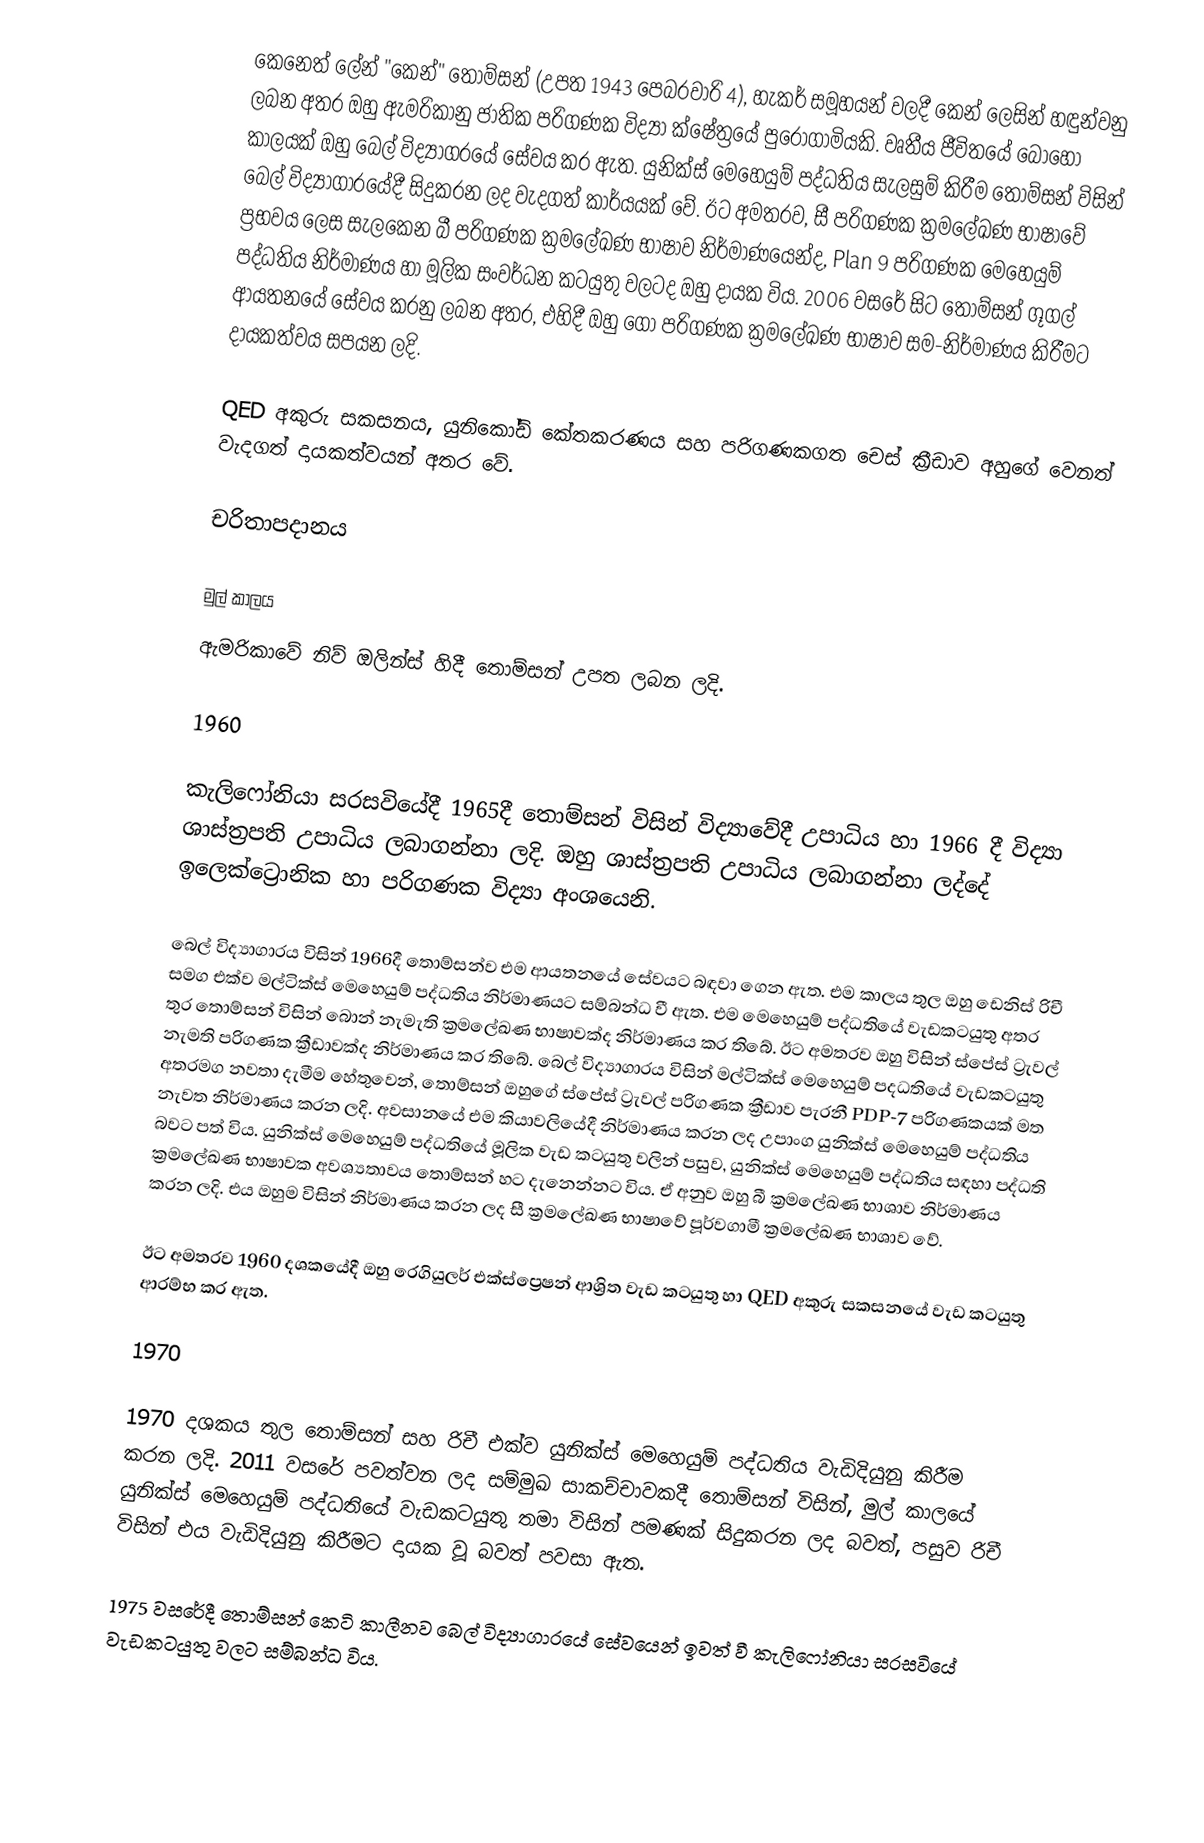
කෙනෙත් ලේන් "කෙන්" තොම්සන් (උපත 1943 පෙබරවාරි 4), හැකර් සමූහයන් වලදී කෙන් ලෙසින් හඳුන්වනු ලබන අතර ඔහු ඇමරිකානු ජාතික පරිගණක විද්‍යා ක්ෂේත්‍රයේ පුරෝගාමියකි. වෘතීය ජීවිතයේ බොහෝ කාලයක් ඔහු බෙල් විද්‍යාගරයේ සේවය කර ඇත. යුනික්ස් මෙහෙයුම් පද්ධතිය සැලසුම් කිරීම තොම්සන් විසින් බෙල් විද්‍යාගාරයේදී සිදුකරන ලද වැදගත් කාර්යයක් වේ. ඊට අමතරව, සී පරිගණක ක්‍රමලේඛණ භාෂාවේ ප්‍රභවය ලෙස සැලකෙන බී පරිගණක ක්‍රමලේඛණ භාෂාව නිර්මාණයෙන්ද, Plan 9 පරිගණක මෙහෙයුම් පද්ධතිය නිර්මාණය හා මූලික සංවර්ධන කටයුතු වලටද ඔහු දායක විය. 2006 වසරේ සිට තොම්සන් ගූගල් ආයතනයේ සේවය කරනු ලබන අතර, එහිදී ඔහු ගෝ පරිගණක ක්‍රමලේඛණ භාෂාව සම-නිර්මාණය කිරීමට දායකත්වය සපයන ලදි.

QED අකුරු සකසනය, යුනිකෝඩ් කේතකරණය සහ පරිගණකගත චෙස් ක්‍රීඩාව අහුගේ වෙනත් වැදගත් දායකත්වයන් අතර වේ.

චරිතාපදානය

මුල් කාලය
ඇමරිකාවේ නිව් ඔලින්ස් හිදී තොම්සන් උපත ලබන ලදි.

1960

කැලිෆෝනියා සරසවියේදී 1965දී තොම්සන් විසින් විද්‍යාවේදී උපාධිය හා 1966 දී විද්‍යා ශාස්ත්‍රපති උපාධිය ලබාගන්නා ලදි. ඔහු ශාස්ත්‍රපති උපාධිය ලබාගන්නා ලද්දේ ඉලෙක්ට්‍රොනික හා පරිගණක විද්‍යා අංශයෙනි.

බෙල් විද්‍යාගාරය විසින් 1966දී තොම්සන්ව එම ආයතනයේ සේවයට බඳවා ගෙන ඇත. එම කාලය තුල ඔහු ඩෙනිස් රිචී සමග එක්ව මල්ටික්ස් මෙහෙයුම් පද්ධතිය නිර්මාණයට සම්බන්ධ වී ඇත. එම මෙහෙයුම් පද්ධතියේ වැඩකටයුතු අතර තුර තොම්සන් විසින් බොන් නැමැති ක්‍රමලේඛණ භාෂාවක්ද නිර්මාණය කර තිබේ. ඊට අමතරව ඔහු විසින් ස්පේස් ට්‍රැවල් නැමති පරිගණක ක්‍රීඩාවක්ද නිර්මාණය කර තිබේ. බෙල් විද්‍යාගාරය විසින් මල්ටික්ස් මෙහෙයුම් පදධතියේ වැඩකටයුතු අතරමග නවතා දැමීම හේතුවෙන්, තොම්සන් ඔහුගේ ස්පේස් ට්‍රැවල් පරිගණක ක්‍රීඩාව පැරනී PDP-7 පරිගණකයක් මත නැවත නිර්මාණය කරන ලදි. අවසානයේ එම කියාවලියේදී නිර්මාණය කරන ලද උපාංග යුනික්ස් මෙහෙයුම් පද්ධතිය බවට පත් විය. යුනික්ස් මෙහෙයුම් පද්ධතියේ මූලික වැඩ කටයුතු වලින් පසුව, යුනික්ස් මෙහෙයුම් පද්ධතිය සඳහා පද්ධති ක්‍රමලේඛණ භාෂාවක අවශ්‍යතාවය තොම්සන් හට දැනෙන්නට විය. ඒ අනුව ඔහු බී ක්‍රමලේඛණ භාශාව නිර්මාණය කරන ලදි. එය ඔහුම විසින් නිර්මාණය කරන ලද සී ක්‍රමලේඛණ භාෂාවේ පූර්වගාමී ක්‍රමලේඛණ භාශාව වේ.

ඊට අමතරව 1960 දශකයේදී ඔහු රෙගියුලර් එක්ස්ප්‍රෙෂන් ආශ්‍රිත වැඩ කටයුතු හා QED අකුරු සකසනයේ වැඩ කටයුතු ආරම්භ කර ඇත.

1970

1970 දශකය තුල තොම්සන් සහ රිචී එක්ව යුනික්ස් මෙහෙයුම් පද්ධතිය වැඩිදියුනු කිරීම කරන ලදි. 2011 වසරේ පවත්වන ලද සම්මුඛ සාකච්චාවකදී තොම්සන් විසින්, මුල් කාලයේ යුනික්ස් මෙහෙයුම් පද්ධතියේ වැඩකටයුතු තමා විසින් පමණක් සිදුකරන ලද බවත්, පසුව රිචී විසින් එය වැඩිදියුනු කිරීමට දායක වූ බවත් පවසා ඇත.

1975 වසරේදී තොම්සන් කෙටි කාලීනව බෙල් විද්‍යාගාරයේ සේවයෙන් ඉවත් වී කැලිෆෝනියා සරසවියේ වැඩකටයුතු වලට සම්බන්ධ විය.